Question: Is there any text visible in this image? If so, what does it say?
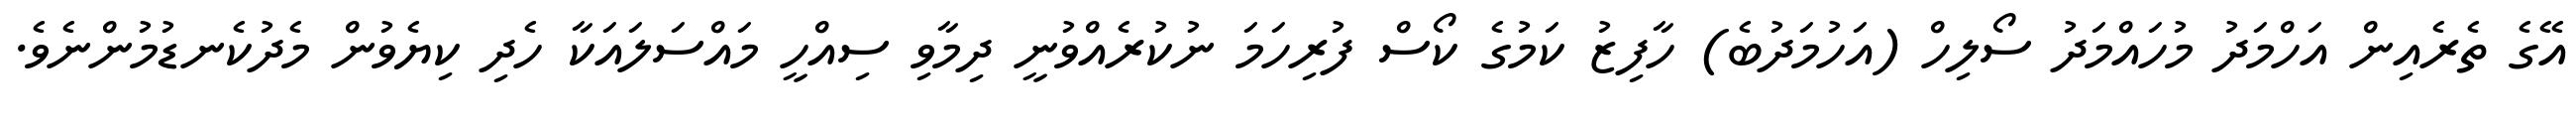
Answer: އޭގެ ތެރެއިން އަހްމަދު މުހައްމަދު ސޯލިހް (އަހުމަދުބެ) ހާފިޒު ކަމުގެ ކޯސް ފުރިހަމަ ނުކުރެއްވުނީ ދިމާވި ސިއްހީ މައްސަލައަކާ ހެދި ކިޔެވުން މެދުކެނޑުމުންނެވެ.